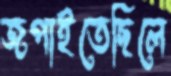
জপাইতেছিলে